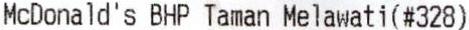
MCDONALD'S BHP TAMAN MELAWATI(#328)